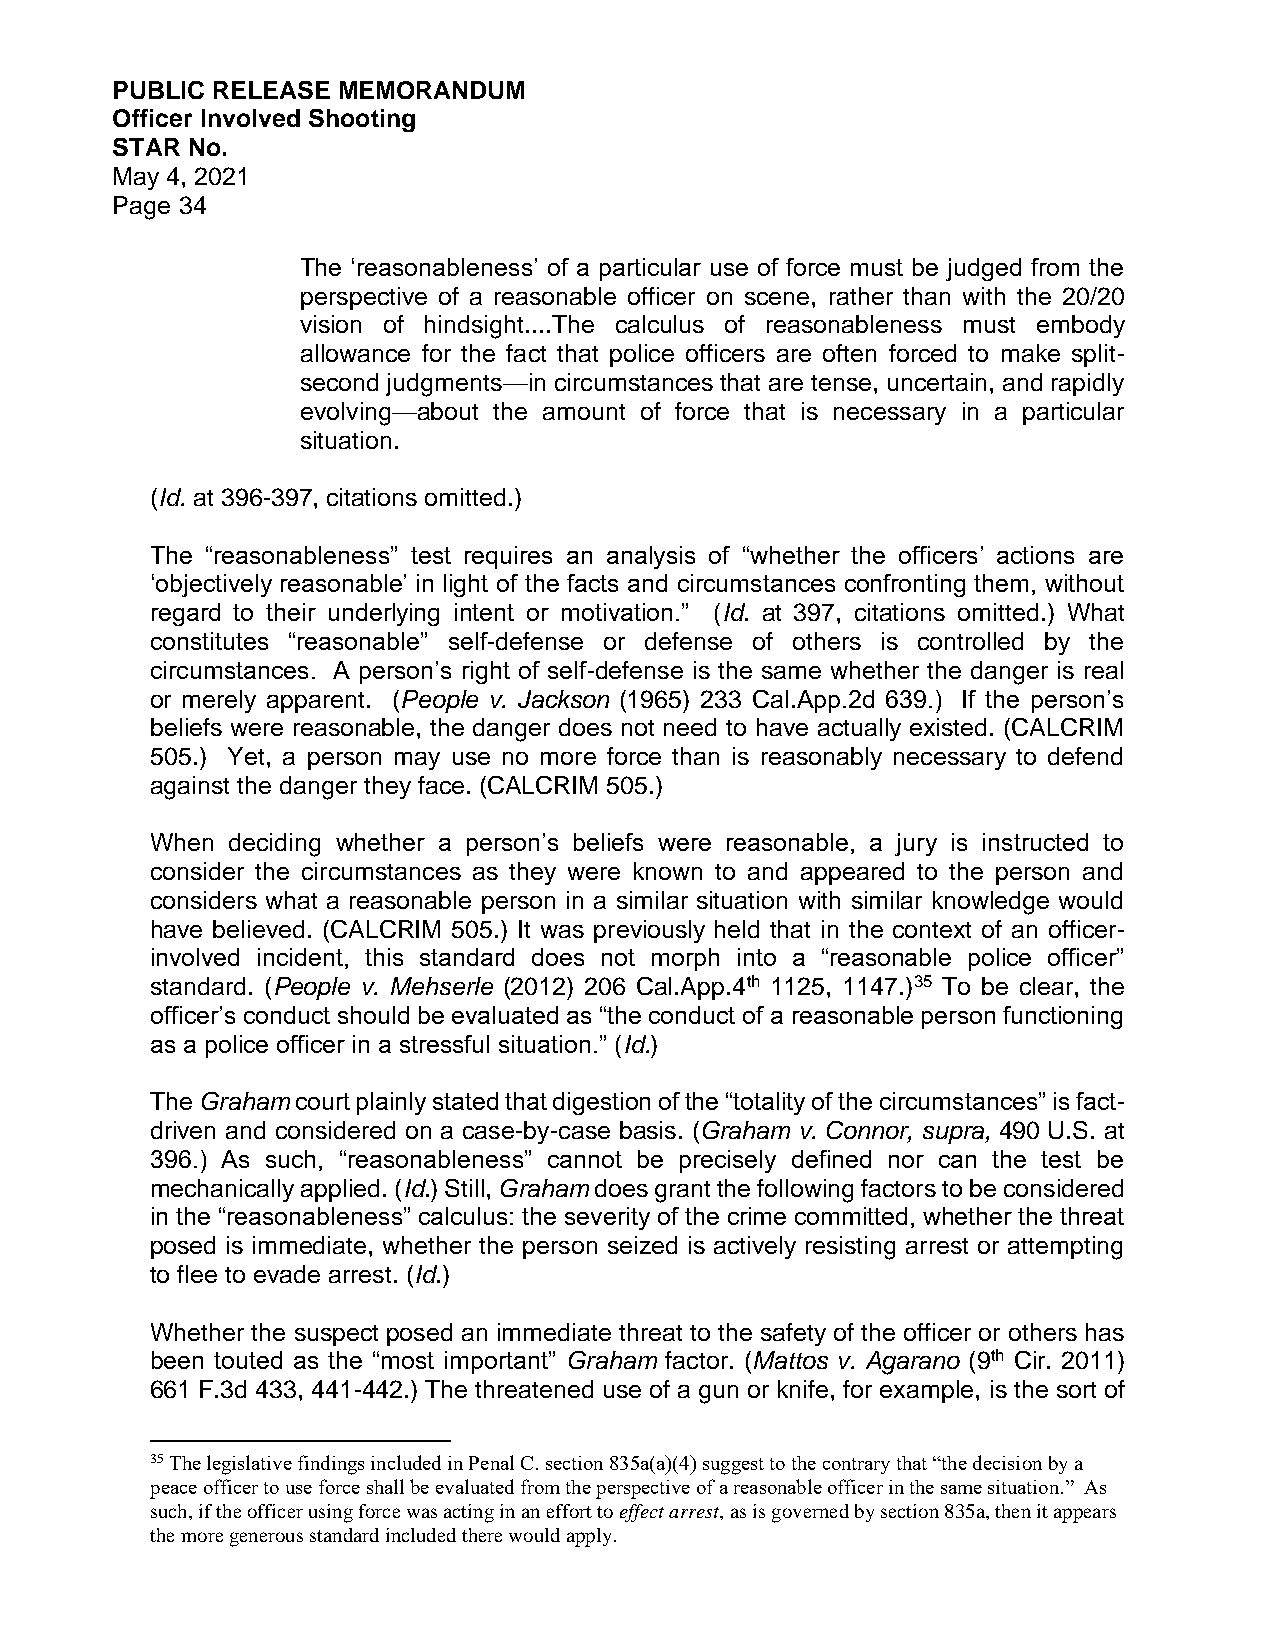
PUBLIC RELEASE MEMORANDUM
 Officer Involved Shooting
 STAR No.
 May 4, 2021
 Page 34
 The ‘reasonableness’ of a particular use of force must be judged from the
 perspective of a reasonable officer on scene, rather than with the 20/20
 vision of hindsight....The calculus of reasonableness must embody
 allowance for the fact that police officers are often forced to make split-
 second judgments—in circumstances that are tense, uncertain, and rapidly
 evolving—about the amount of force that is necessary in a particular
 situation.
 (Id. at 396-397, citations omitted.)
 The “reasonableness” test requires an analysis of “whether the officers’ actions are
 ‘objectively reasonable’ in light of the facts and circumstances confronting them, without
 regard to their underlying intent or motivation.” (Id. at 397, citations omitted.) What
 constitutes “reasonable” self-defense or defense of others is controlled by the
 circumstances. A person’s right of self-defense is the same whether the danger is real
 or merely apparent. (People v. Jackson (1965) 233 Cal.App.2d 639.) If the person’s
 beliefs were reasonable, the danger does not need to have actually existed. (CALCRIM
 505.) Yet, a person may use no more force than is reasonably necessary to defend
 against the danger they face. (CALCRIM 505.)
 When deciding whether a person’s beliefs were reasonable, a jury is instructed to
 consider the circumstances as they were known to and appeared to the person and
 considers what a reasonable person in a similar situation with similar knowledge would
 have believed. (CALCRIM 505.) It was previously held that in the context of an officer-
 involved incident, this standard does not morph into a “reasonable police officer”
 standard. (People v. Mehserle (2012) 206 Cal.App.4th 1125, 1147.)35 To be clear, the
 officer’s conduct should be evaluated as “the conduct of a reasonable person functioning
 as a police officer in a stressful situation.” (Id.)
 The Graham court plainly stated that digestion of the “totality of the circumstances” is fact-
 driven and considered on a case-by-case basis. (Graham v. Connor, supra, 490 U.S. at
 396.) As such, “reasonableness” cannot be precisely defined nor can the test be
 mechanically applied. (Id.) Still, Graham does grant the following factors to be considered
 in the “reasonableness” calculus: the severity of the crime committed, whether the threat
 posed is immediate, whether the person seized is actively resisting arrest or attempting
 to flee to evade arrest. (Id.)
 Whether the suspect posed an immediate threat to the safety of the officer or others has
 been touted as the “most important” Graham factor. (Mattos v. Agarano (9th Cir. 2011)
 661 F.3d 433, 441-442.) The threatened use of a gun or knife, for example, is the sort of
 35 The legislative findings included in Penal C. section 835a(a)(4) suggest to the contrary that “the decision by a
 peace officer to use force shall be evaluated from the perspective of a reasonable officer in the same situation.” As
 such, if the officer using force was acting in an effort to effect arrest, as is governed by section 835a, then it appears
 the more generous standard included there would apply.